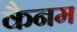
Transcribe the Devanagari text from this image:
कैनम